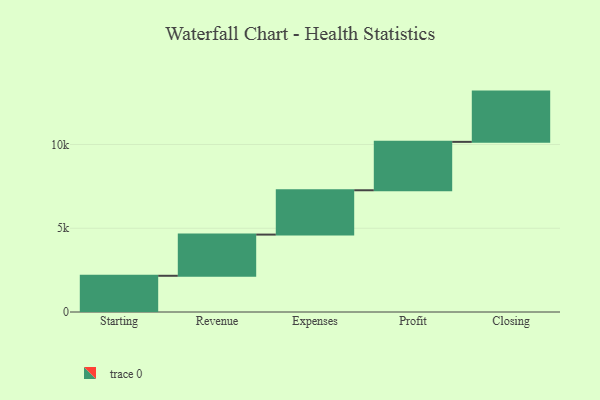
{"axis": {"x": "Step", "y": "Value"}, "legend": [""], "data": [{"x": "Starting", "y": 2162.0, "type": ""}, {"x": "Revenue", "y": 2459.0, "type": ""}, {"x": "Expenses", "y": 2646.0, "type": ""}, {"x": "Profit", "y": 2889.0, "type": ""}, {"x": "Closing", "y": 3000, "type": ""}]}